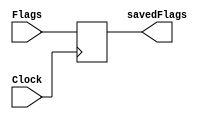
`timescale 1ns / 1ps
//////////////////////////////////////////////////////////////////////////////////
// Company: Rogue Squadron
// 
// Design Name: 
// Module Name:    FlagResgister 
// Project Name: 
// Target Devices: 
// Tool versions: 
// Description: 
//
// Dependencies: 
//
// Revision: 
// Revision 0.01 - File Created
// Additional Comments: 
//
//////////////////////////////////////////////////////////////////////////////////
module FlagRegister(
    input Clock,
    input [4:0] Flags,
    output reg [4:0] savedFlags
    );
	 
	 always@(posedge Clock)
	 begin
	 
		savedFlags=Flags;
	 
	 end


endmodule